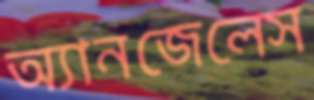
অ্যানজেলেস